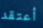
أعتقد